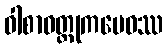
ဝါစာဝတ္ထုကမေဝဿ